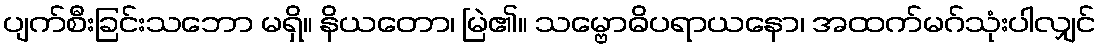
ပျက်စီးခြင်းသဘော မရှိ။ နိယတော၊ မြဲ၏။ သမ္ဗောဓိပရာယနော၊ အထက်မဂ်သုံးပါလျှင်